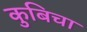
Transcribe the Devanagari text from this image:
कुबिचा